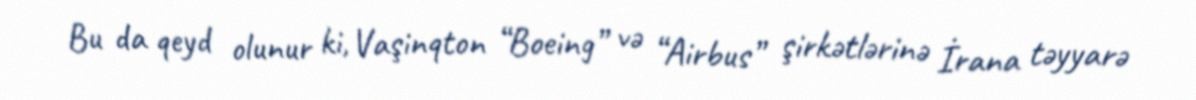
Bu da qeyd olunur ki, Vaşinqton “Boeing” və “Airbus” şirkətlərinə İrana təyyarə